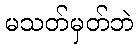
မသတ်မှတ်ဘဲ